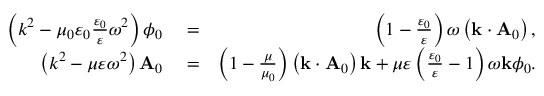
\begin{array} { r l r } { \left( k ^ { 2 } - \mu _ { 0 } \varepsilon _ { 0 } \frac { \varepsilon _ { 0 } } { \varepsilon } \omega ^ { 2 } \right) \phi _ { 0 } } & { { } = } & { \left( 1 - \frac { \varepsilon _ { 0 } } { \varepsilon } \right) \omega \left( \mathbf { k } \cdot \mathbf { A } _ { 0 } \right) , } \\ { \left( k ^ { 2 } - \mu \varepsilon \omega ^ { 2 } \right) \mathbf { A } _ { 0 } } & { { } = } & { \left( 1 - \frac { \mu } { \mu _ { 0 } } \right) \left( \mathbf { k } \cdot \mathbf { A } _ { 0 } \right) \mathbf { k } + \mu \varepsilon \left( \frac { \varepsilon _ { 0 } } { \varepsilon } - 1 \right) \omega \mathbf { k } \phi _ { 0 } . } \end{array}